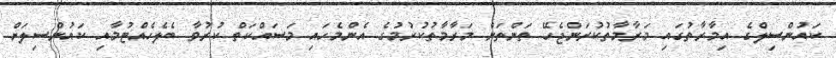
ކައުންސިލްގެ އިމާރާތުގައި މަރާމާތުކުރަންޖެހޭ ތަންތަން މަރާމާތުކުރުމުގެ އެންމެހައި މަސައްކަތް ކުރުވާ ބެލެހެއްޓުމާއި ކައުންސިލަށް